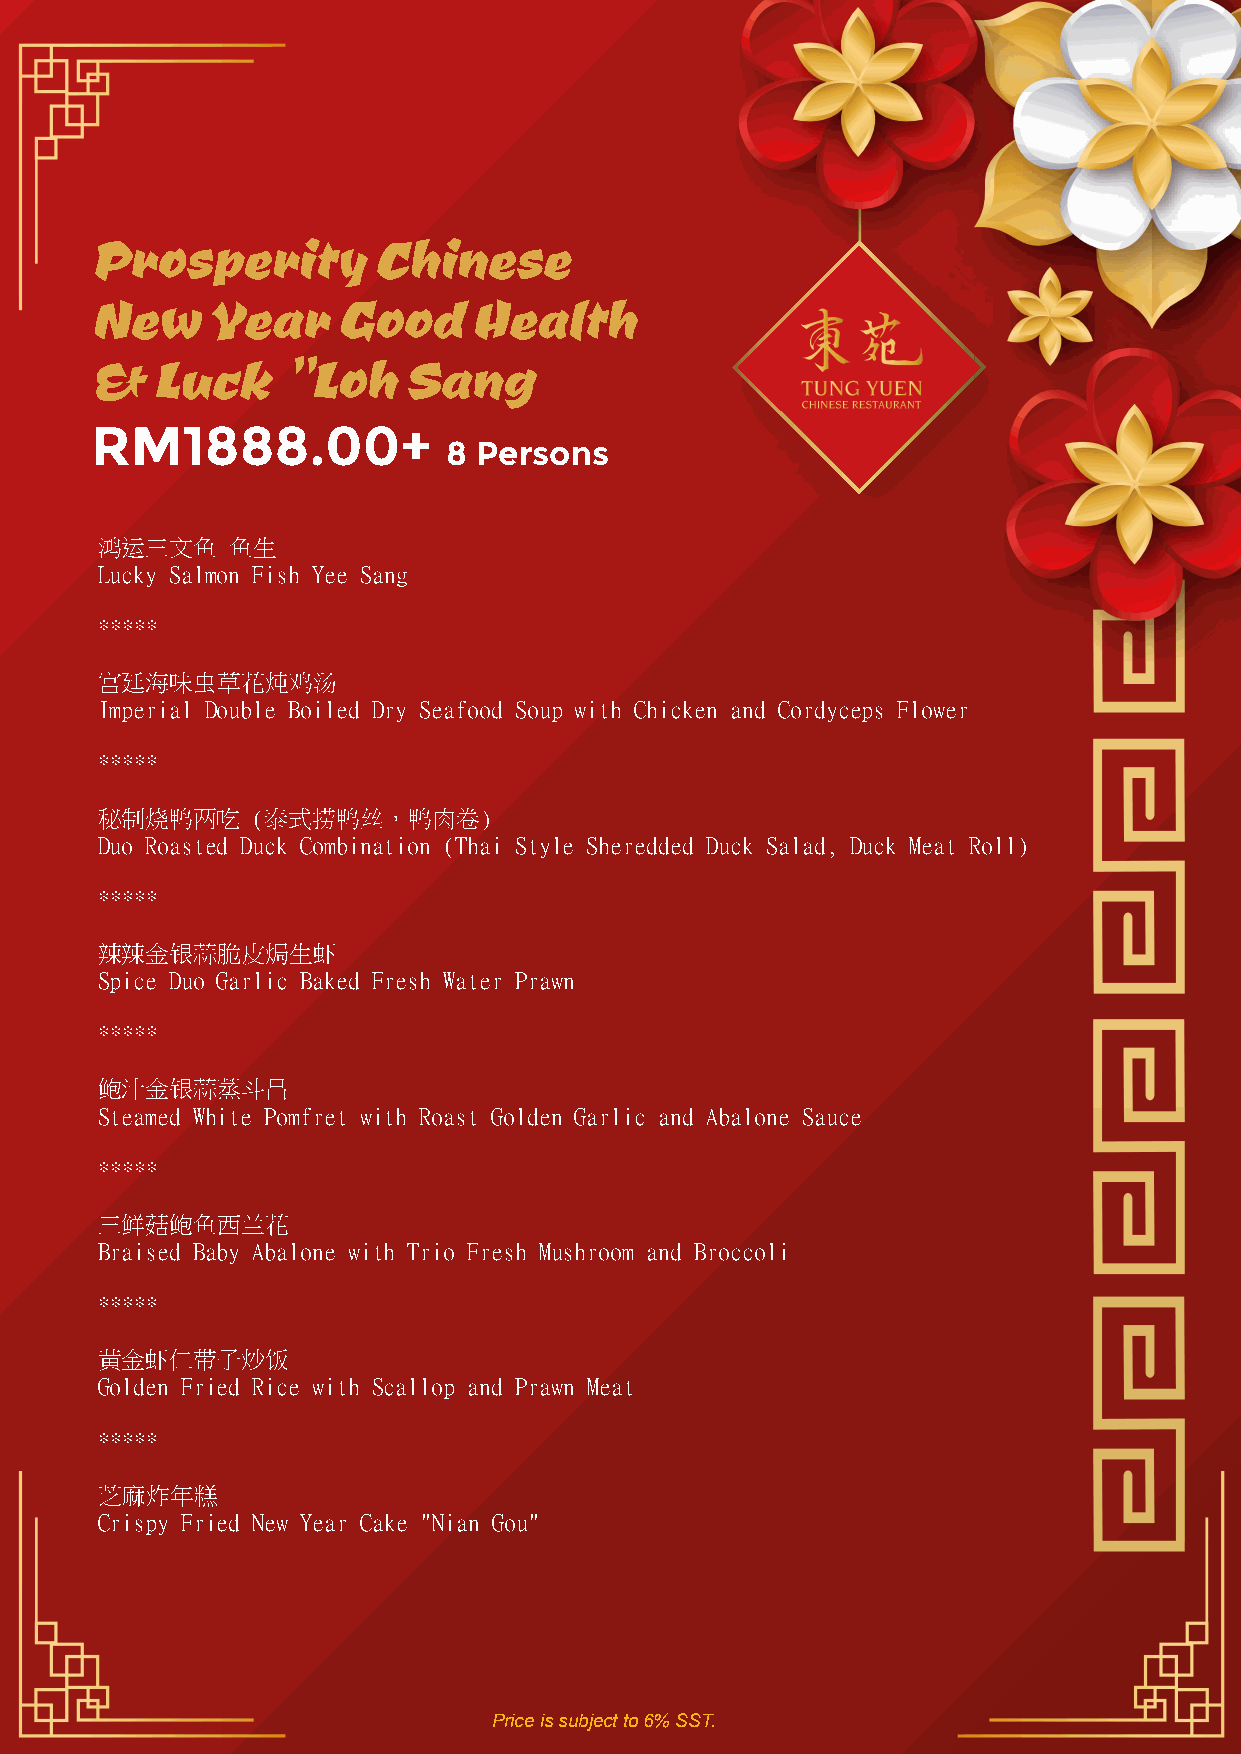
Prosperity         Chinese
 New     Year    Good     Health
 &   Luck     "Loh    Sang
 RM1888.00+
 8 Persons
 鸿运三文鱼    鱼生
 Lucky Salmon Fish Yee Sang
 *****
 宫廷海味虫草花炖鸡汤
 Imperial Double Boiled Dry Seafood Soup with Chicken and Cordyceps Flower
 *****
 秘制烧鸭两吃     (泰式捞鸭丝，鸭肉卷)
 Duo Roasted Duck Combination (Thai Style Sheredded Duck Salad, Duck Meat Roll)
 *****
 辣辣金银蒜脆皮焗生虾
 Spice Duo Garlic Baked Fresh Water Prawn
 *****
 鲍汁金银蒜蒸斗昌
 Steamed White Pomfret with Roast Golden Garlic and Abalone Sauce
 *****
 三鲜菇鲍鱼西兰花
 Braised Baby Abalone with Trio Fresh Mushroom and Broccoli
 *****
 黄金虾仁带子炒饭
 Golden Fried Rice with Scallop and Prawn Meat
 *****
 芝麻炸年糕
 Crispy Fried New Year Cake "Nian Gou"
 Price is subject to 6% SST.